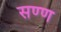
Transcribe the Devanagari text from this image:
सण्ण